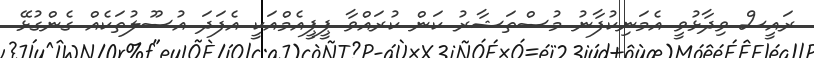
ރައީސް ވިދާޅުވީ އެމަނިކުފާނު މުސްތަޝާރު ކަން ކުރައްވާ ޕީޕީއެމްއަކީ އެފަދަ އުސޫލުތަކެއް ގެންގުޅޭ